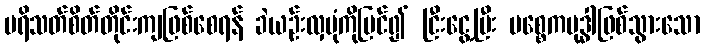
ပရိသတ်စိတ်တိုင်းကျဖြစ်စေရန် ခဲယဉ်းလှပုံကိုမြင်၍ ငြီးငွေ့ပြီး ပစ္စေကဗုဒ္ဓါဖြစ်သွားသော